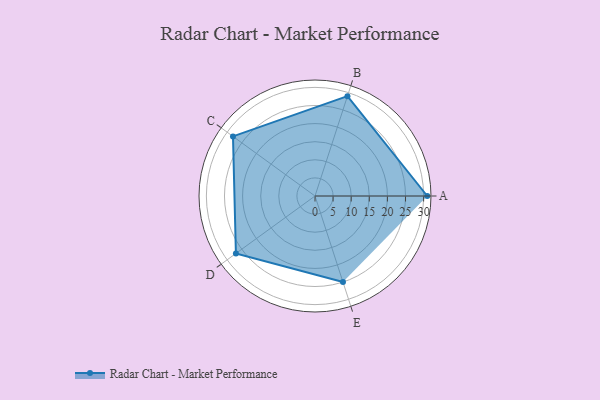
{"axis": {"x": "Skill", "y": "Score"}, "legend": ["Profile"], "data": [{"x": "A", "y": 31.0, "type": "Profile"}, {"x": "B", "y": 29.0, "type": "Profile"}, {"x": "C", "y": 28.0, "type": "Profile"}, {"x": "D", "y": 27.0, "type": "Profile"}, {"x": "E", "y": 25.0, "type": "Profile"}]}